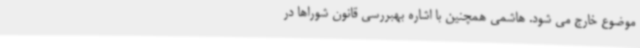
موضوع خارج می شود. هاشمی همچنین با اشاره بهبررسی قانون شوراها در